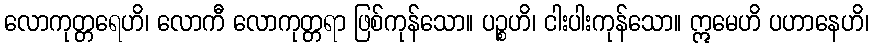
လောကုတ္တရေဟိ၊ လောကီ လောကုတ္တရာ ဖြစ်ကုန်သော။ ပဉ္စဟိ၊ ငါးပါးကုန်သော။ ဣမေဟိ ပဟာနေဟိ၊